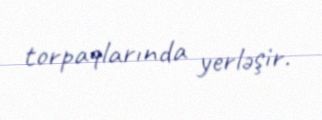
torpaqlarında yerləşir.